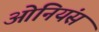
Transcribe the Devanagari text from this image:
ओनियंस